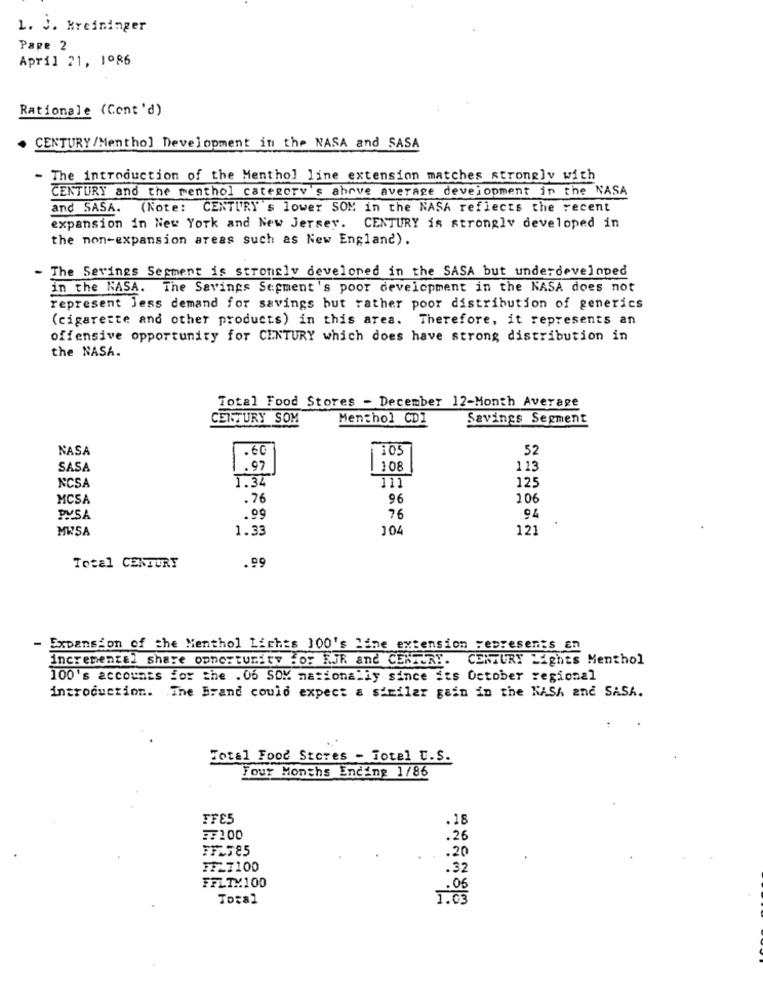
1. J. Mreininger
Page 2
April 21, 1º86
Rationale (Cont'd)
CENTURY /Menthol Development in the NASA and SASA
- The introduction of the Menthol line extension matches strongly with
CENTURY and the menthol category's above average development in the NASA
and SASA. (Note: CENTURY's lower SOM in the NASA reflects the recent
expansion in New York and New Jersey. CENTURY is strongly developed in
the non-expansion areas such as New England).
The Savings Segment is strongly developed in the SASA but underdeveloped
in the NASA.
The Savings Segment's poor development in the NASA does not
represent Jess demand for savings but rather poor distribution of generics
(cigarette and other products) in this area. Therefore, it represents an
offensive opportunity for CENTURY which does have strong distribution in
the NASA.
Total Food Stores - December 12-Month Average
CENTURY SOM
Menthol CDI
Savings Segment
NASA
. 60
105
52
SASA
.97
108
113
1.34
111
125
NCSA
MCSA
. 76
96
106
PUSA
.99
76
MWSA
1.33
104
121
.99
Total CENTURY
- Expansion of the Menthol Lights 100's Time extension represents En
incremental share opportunity for RJR and CENTURY. CENTURY Lights Menthol
100's accounts for the . 06 SOM nationally since its October regional
introduction. The Brand could expect a similar gain in the NASA and SASA.
Total Food Stores - Total C.S.
Four Months Ending 1/86
FFE5
.18
₹100
. 26
FFLT85
.20
FF_7100
.32
FFLTX100
. 06
Total
1.03